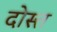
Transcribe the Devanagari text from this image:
दोस्त्त